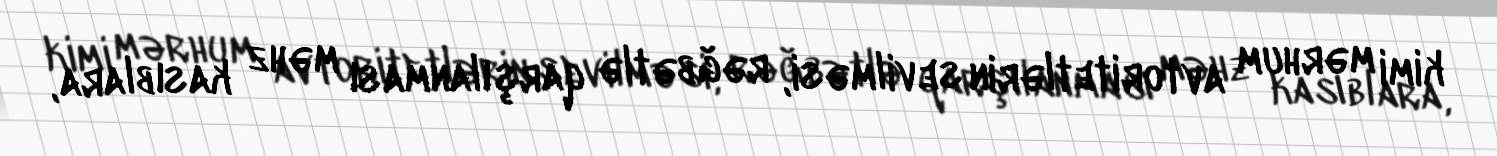
kimi mərhum avtoritetlərin sevilməsi, rəğbətlə qarşılanması məhz kasıblara,